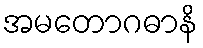
အမတောဂဓာနိ